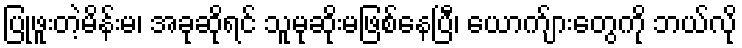
ပြုဖူးတဲ့မိန်းမ၊ အခုဆိုရင် သူမုဆိုးမဖြစ်နေပြီ၊ ယောက်ျားတွေကို ဘယ်လို